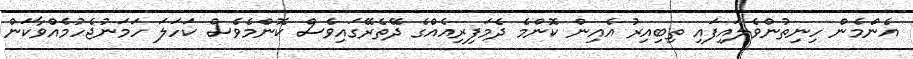
އެންމެން ހިނިތުންވެލައިފައި ތިބިއިރު އެއިން ކޮންމެ ދެމަފިރިއެއްގެ ދޭތެރޭގައިވެސް ކޮންމެވެސް ކަހަލަ ހަމަނުޖެހުމެއްވާކަން